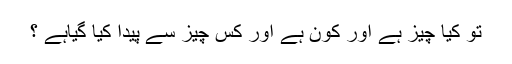
تُو کیا چیز ہے اور کون ہے اور کس چیز سے پیدا کیا گیاہے ؟